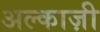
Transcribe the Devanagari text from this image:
अल्काज़ी